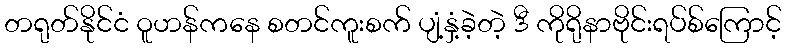
တရုတ်နိုင်ငံ ဝူဟန်ကနေ စတင်ကူးစက် ပျံ့နှံ့ခဲ့တဲ့ ဒီ ကိုရိုနာဗိုင်းရပ်စ်ကြောင့်